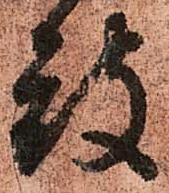
致